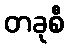
တခုစီ